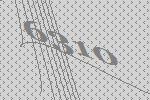
6310